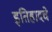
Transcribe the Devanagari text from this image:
इतिहादचे